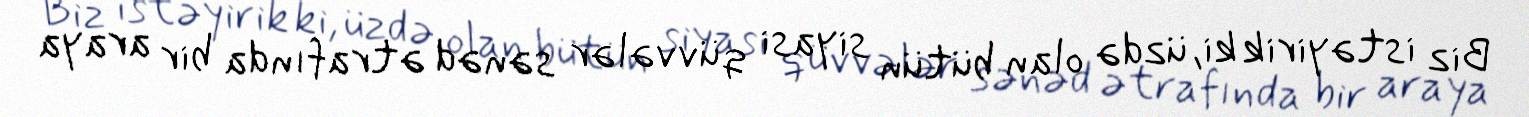
Biz istəyirik ki, üzdə olan bütün siyasi qüvvələr sənəd ətrafında bir araya